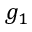
g _ { 1 }